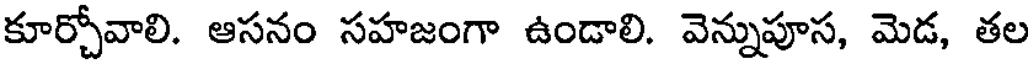
కూర్చోవాలి. ఆసనం సహజంగా ఉండాలి. వెన్నుపూస, మెడ, తల